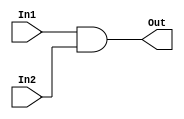
`timescale 1ns / 1ps
//////////////////////////////////////////////////////////////////////////////////
// Company: 
// 
// Design Name: 
// Module Name: And32
// Project Name: 
// Target Devices: 
// Tool Versions: 
// Description: 
// 
// Dependencies: 
// 
// Revision:
// Revision 0.01 - File Created
// Additional Comments:
// 
//////////////////////////////////////////////////////////////////////////////////

// RTL32
module And32(
        input wire [31:0] In1,
        input wire [31:0] In2,
        output wire [31:0] Out
    );
    
    assign Out = In1 & In2;

endmodule